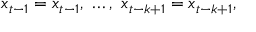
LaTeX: x _ { t - 1 } = x _ { t - 1 } , \ \dots , \ x _ { t - k + 1 } = x _ { t - k + 1 } ,